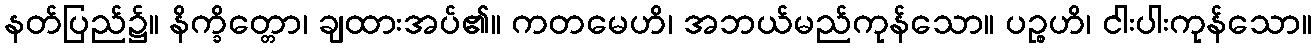
နတ်ပြည်၌။ နိက္ခိတ္တော၊ ချထားအပ်၏။ ကတမေဟိ၊ အဘယ်မည်ကုန်သော။ ပဉ္စဟိ၊ ငါးပါးကုန်သော။